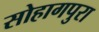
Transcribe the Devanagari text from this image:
सोहागपुरा